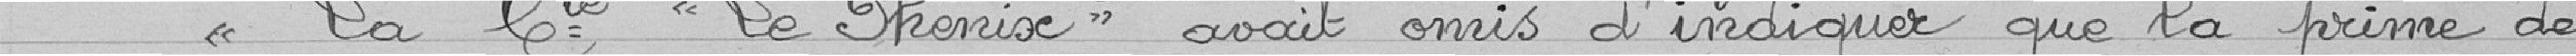
"La compagnie "le Phénix" avait omis d'indiquer que la prime de